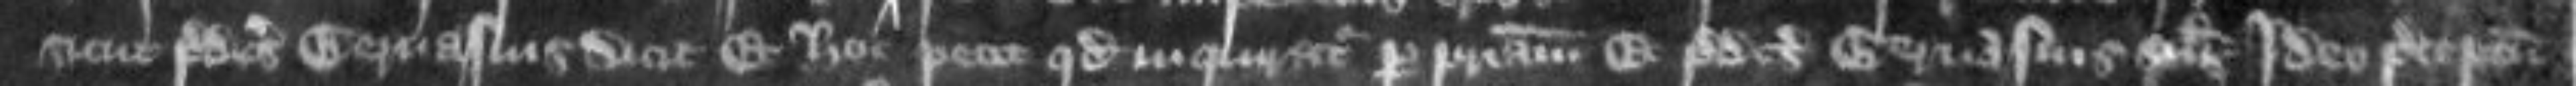
sicut predictus Gervasius dicit Et hoc petit quod inquiratur per patriam Et predictus Gervasius similiter Ideo preceptum